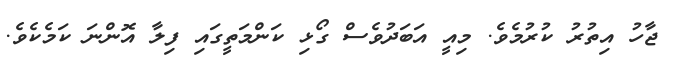
ޖާހު އިތުރު ކުރުމެވެ. މިއީ އަބަދުވެސް ގޯޅި ކަންމަތީގައި ފިލާ އޮންނަ ކަމެކެވެ.